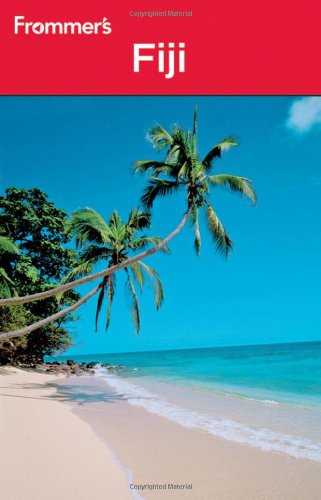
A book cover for Frommer's Fiji (Frommer's Complete Guides); Bill Goodwin; Travel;